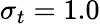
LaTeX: \sigma_{t}=1.0